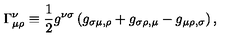
\Gamma _ { \mu \rho } ^ { \nu } \equiv { \frac { 1 } { 2 } } g ^ { \nu \sigma } \left( g _ { \sigma \mu , \rho } + g _ { \sigma \rho , \mu } - g _ { \mu \rho , \sigma } \right) ,